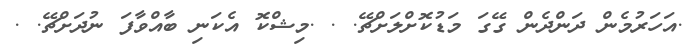
.އަހަރުމެން ދަންދެން ގޭގަ މަޑުކޮށްލަށްޗޭ. . .މިޝްކޮ އެކަނި ބާއްވާފަ ނުދަށްޗޭ. .